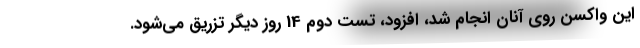
این واکسن روی آنان انجام شد، افزود، تست دوم 14 روز دیگر تزریق می‌شود.